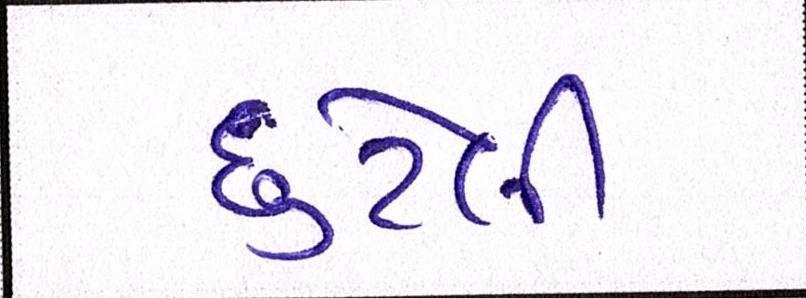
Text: છુટેલી